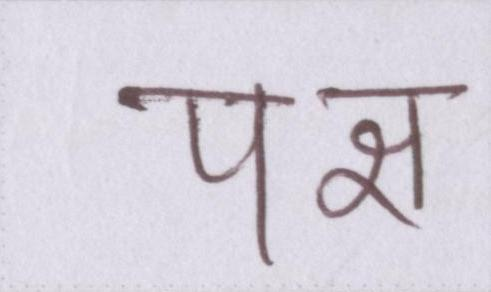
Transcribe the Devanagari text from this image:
पक्ष